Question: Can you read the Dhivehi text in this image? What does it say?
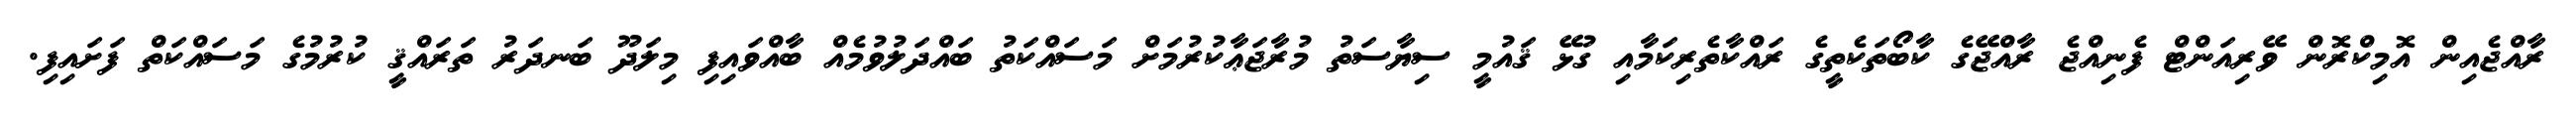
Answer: ރާއްޖެއިން އޮމިކްރޮން ވޭރިއަންޓް ފެނިއްޖެ ރާއްޖޭގެ ކާބޯތަކެތީގެ ރައްކާތެރިކަމާއި ގުޅޭ ޤައުމީ ސިޔާސަތު މުރާޖަޢާކުރުމަށް މަސައްކަތު ބައްދަލުވުމެއް ބާއްވައިފި މިލަދޫ ބަނދަރު ތަރައްޤީ ކުރުމުގެ މަސައްކަތް ފަށައިފި.